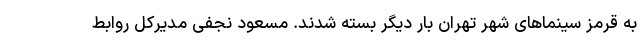
به قرمز سینماهای شهر تهران بار دیگر بسته شدند. مسعود نجفی مدیرکل روابط